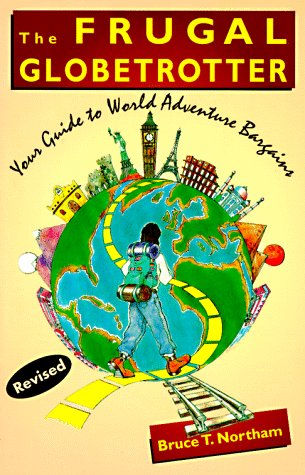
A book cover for The Frugal Globetrotter: Your Guide to World Adventure Bargains; Bruce Northam; Travel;